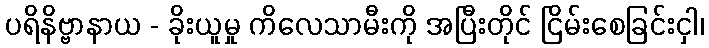
ပရိနိဗ္ဗာနာယ - ခိုးယူမှု ကိလေသာမီးကို အပြီးတိုင် ငြိမ်းစေခြင်းငှါ၊